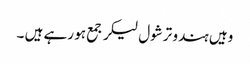
وہیں ہندو ترشول لیکر جمع ہو رہے ہیں ۔